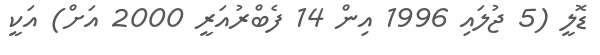
ޑޮލީ (5 ޖުލައި 1996 އިން 14 ފެބްރުއަރީ 2000 އަށް) އަކީ